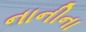
નાનીના